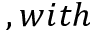
, w i t h